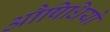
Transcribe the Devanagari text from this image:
औषिधियो